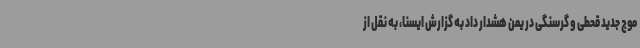
موج جدید قحطی و گرسنگی در یمن هشدار داد به گزارش ایسنا، به نقل از